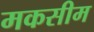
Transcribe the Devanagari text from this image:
मकसीम